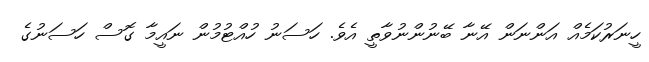
ހީނަރުކަމެއް އަންނަން އޭނާ ބޭނުންނުވާތީ އެވެ. ހަސަނު ހުއްޓުމުން ނައީމާ ގޮސް ހަސަނުގެ